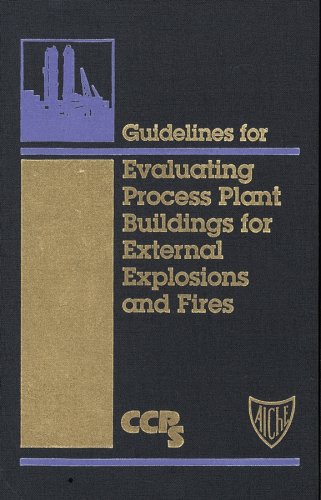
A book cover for Guidelines for Evaluating Process Plant Buildings for External Explosions and Fires (Center for Chemical Process Safety); CCPS (Center for Chemical Process Safety); Science & Math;